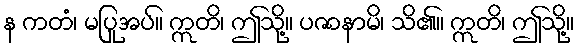
န ကတံ၊ မပြုအပ်။ ဣတိ၊ ဤသို့။ ပဇာနာမိ၊ သိ၏။ ဣတိ၊ ဤသို့။